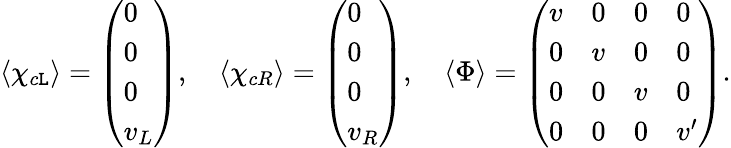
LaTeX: \langle\chi_{c\mathtt{L}}\rangle=\left(\begin{array}{l}{{0}}\\ {{0}}\\ {{0}}\\ {{v_{L}}}\end{array}\right),\quad\langle\chi_{cR}\rangle=\left(\begin{array}{l}{{0}}\\ {{0}}\\ {{0}}\\ {{v_{R}}}\end{array}\right),\quad\langle\Phi\rangle=\left(\begin{array}{llll}{{v}}&{{0}}&{{0}}&{{0}}\\ {{0}}&{{v}}&{{0}}&{{0}}\\ {{0}}&{{0}}&{{v}}&{{0}}\\ {{0}}&{{0}}&{{0}}&{{v^{\prime}}}\end{array}\right).